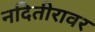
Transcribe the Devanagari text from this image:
नदितीरावर